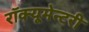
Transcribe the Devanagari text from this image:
रॉक्यूमेन्टरी